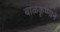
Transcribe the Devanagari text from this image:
बाळकृष्णाने